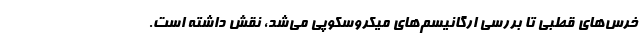
خرس‌های قطبی تا بررسی ارگانیسم‌های میکروسکوپی می‌شد، نقش داشته است.